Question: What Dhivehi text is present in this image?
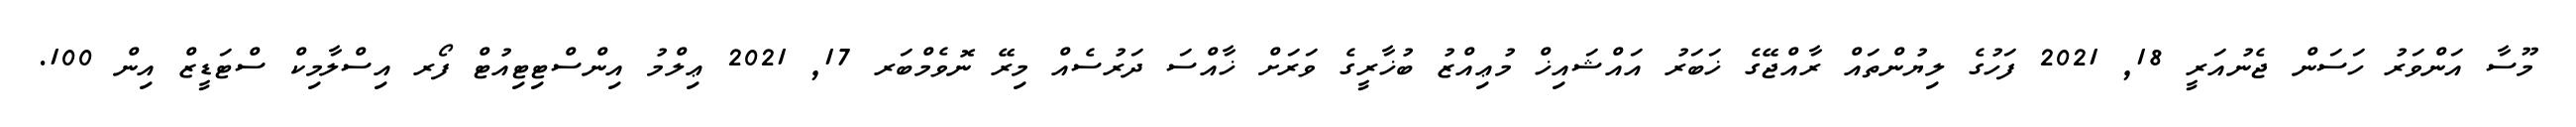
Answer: މޫސާ އަންވަރު ހަސަން ޖެނުއަރީ 18, 2021 ފަހުގެ ލިޔުންތައް ރާއްޖޭގެ ޚަބަރު އައްޝައިޚް މުޢިއްޒު ބުޚާރީގެ ވަރަށް ޚާއްސަ ދަރުސެއް މިރޭ ނޮވެމްބަރ 17, 2021 ޢިލްމު އިންސްޓިޓިއުޓް ފޯރ އިސްލާމިކް ސްޓަޑީޒް އިން 100.